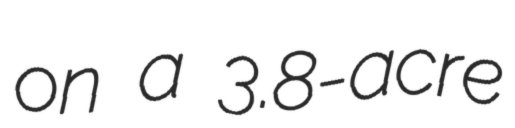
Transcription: on a 3.8-acre